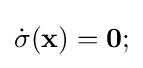
{\dot {\sigma }}(\mathbf {x} )=\mathbf {0} ;